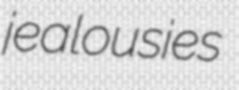
jealousies